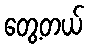
တွေ့တယ်